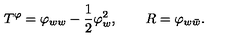
T ^ { \varphi } = \varphi _ { w w } - { \frac { 1 } { 2 } } \varphi _ { w } ^ { 2 } , \qquad R = \varphi _ { w \bar { w } } .